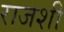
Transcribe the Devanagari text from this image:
राजशी